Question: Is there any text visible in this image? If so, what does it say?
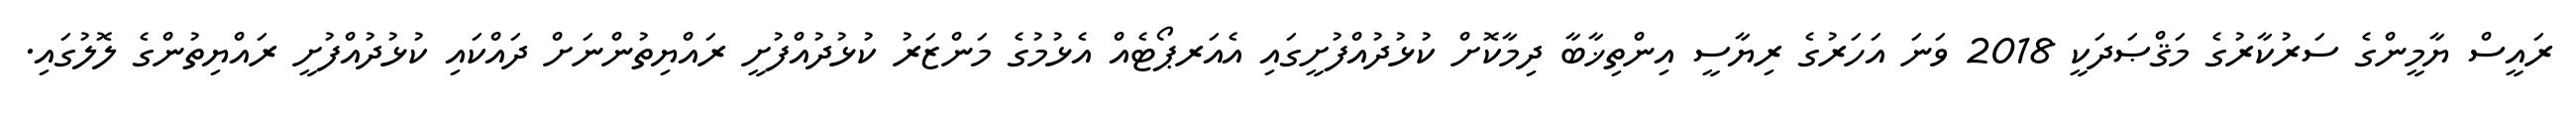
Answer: ރައީސް ޔާމީންގެ ސަރުކާރުގެ މަޤްޞަދަކީ 2018 ވަނަ އަހަރުގެ ރިޔާސީ އިންތިޚާބާ ދިމާކޮށް ކުޅުދުއްފުށީގައި އެއަރޕޯޓެއް އެޅުމުގެ މަންޒަރު ކުޅުދުއްފުށީ ރައްޔިތުންނަށް ދައްކައި ކުޅުދުއްފުށީ ރައްޔިތުންގެ ލޮލުގައި.